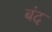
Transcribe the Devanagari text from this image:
बंद